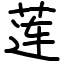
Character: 莲